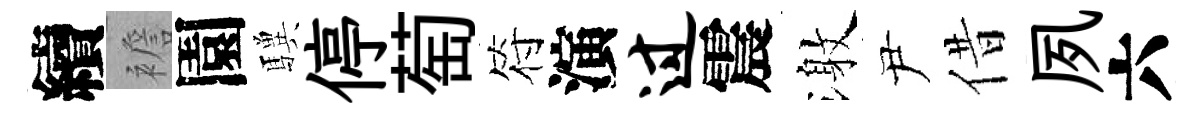
續襜園驥停萄符演过震激尹借夙六